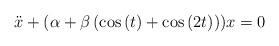
LaTeX: \begin{align*}\ddot{x}+(\alpha +\beta \left( \cos \left( t\right) +\cos \left( 2t\right)\right) )x=0 \end{align*}